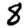
Digit: 8